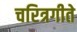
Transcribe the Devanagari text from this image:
चरित्रगीते